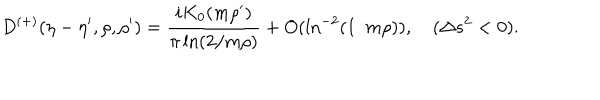
D ^ { ( + ) } ( \eta - \eta ^ { \prime } , \rho , \rho ^ { \prime } ) = \frac { i K _ { 0 } ( m \rho ^ { \prime } ) } { \pi \ln ( 2 / m \rho ) } + O ( \ln ^ { - 2 } ( 1 / m \rho ) ) , \quad ( \Delta s ^ { 2 } < 0 ) .